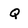
Character: Q